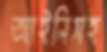
আইনিসহ